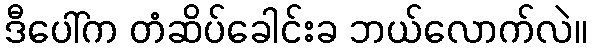
ဒီပေါ်က တံဆိပ်ခေါင်းခ ဘယ်လောက်လဲ။